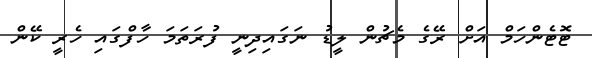
ޓޮޓެންހަމް އަށް ރޭގެ މެޗުން ލީޑު ނަގައިދިނީ ފުރަތަމަ ހާފްގައި ހެރީ ކޭން